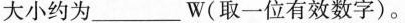
大小约为___W(取一位有效数字)。